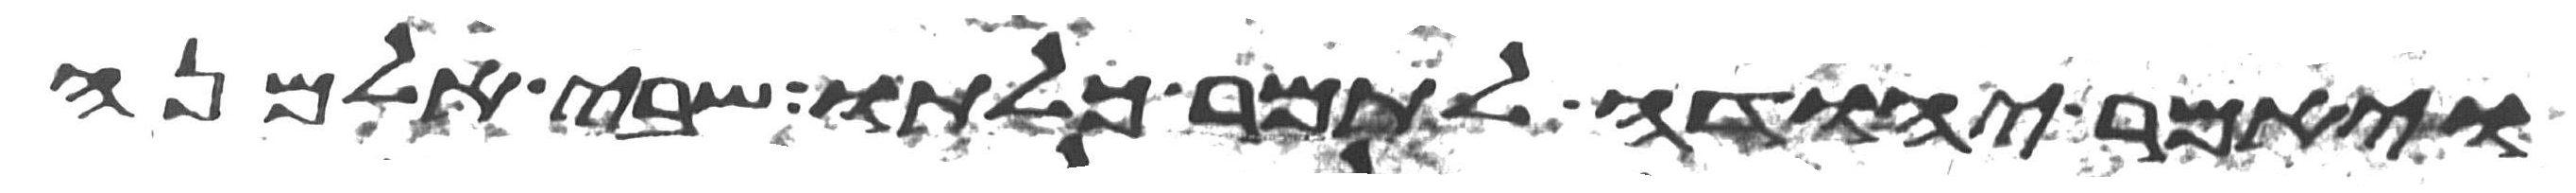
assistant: ויאמר יהודה לתמר כלתו שבי אלמנה